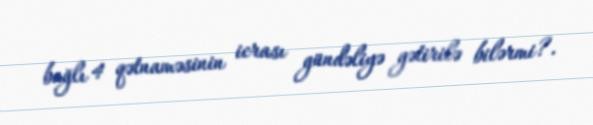
bağlı 4 qətnaməsinin icrası gündəliyə gətirilə bilərmi?.